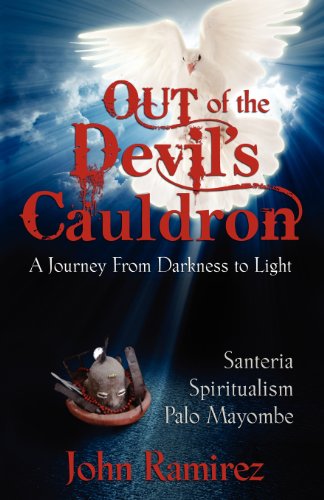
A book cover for Out of the Devil's Cauldron; John Ramirez; Biographies & Memoirs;